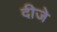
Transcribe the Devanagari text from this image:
दीजे